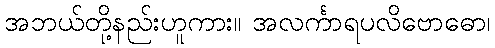
အဘယ်တို့နည်းဟူကား။ အလင်္ကာရပလိဗောဓော၊